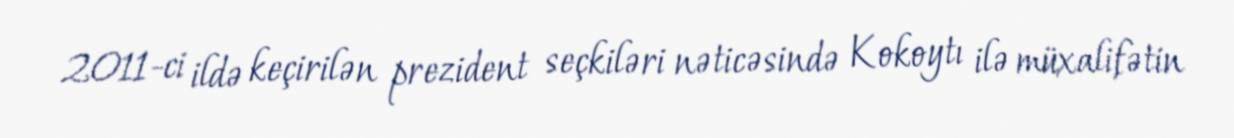
2011-ci ildə keçirilən prezident seçkiləri nəticəsində Kokoytı ilə müxalifətin